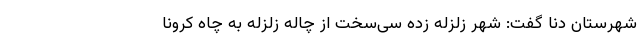
شهرستان دنا گفت: شهر زلزله زده سی‌سخت از چاله زلزله به چاه کرونا